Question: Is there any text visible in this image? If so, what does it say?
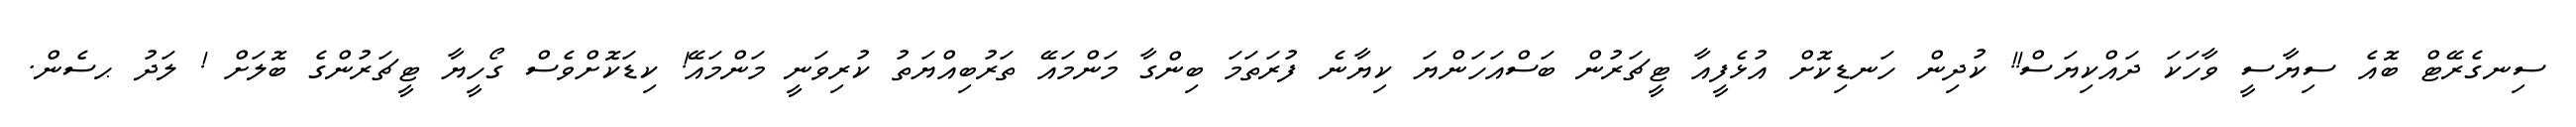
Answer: ސިނގެރޭޓް ބޮއެ ސިޔާސީ ވާހަކަ ދައްކިޔަސް!! ކުދިން ހަނޑިކޮށް އުޅެފީއާ ޓީޗަރުން ބަސްއަހަންޔަ ކިޔާނެ ފުރަތަމަ ބިންގާ މަންމައޭ ތަރުބިއްޔަތު ކުރިވަނީ މަންމައޭ! ކިޑަކޮށްވެސް ގޯހީޔާ ޓީޗަރުންގެ ބޮލަށް ! ލަދު ޙސެން.